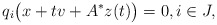
\begin{align*}q_i\big(x+tv+A^\ast z(t)\big)=0,i\in J,\end{align*}